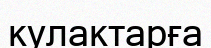
кулактарға